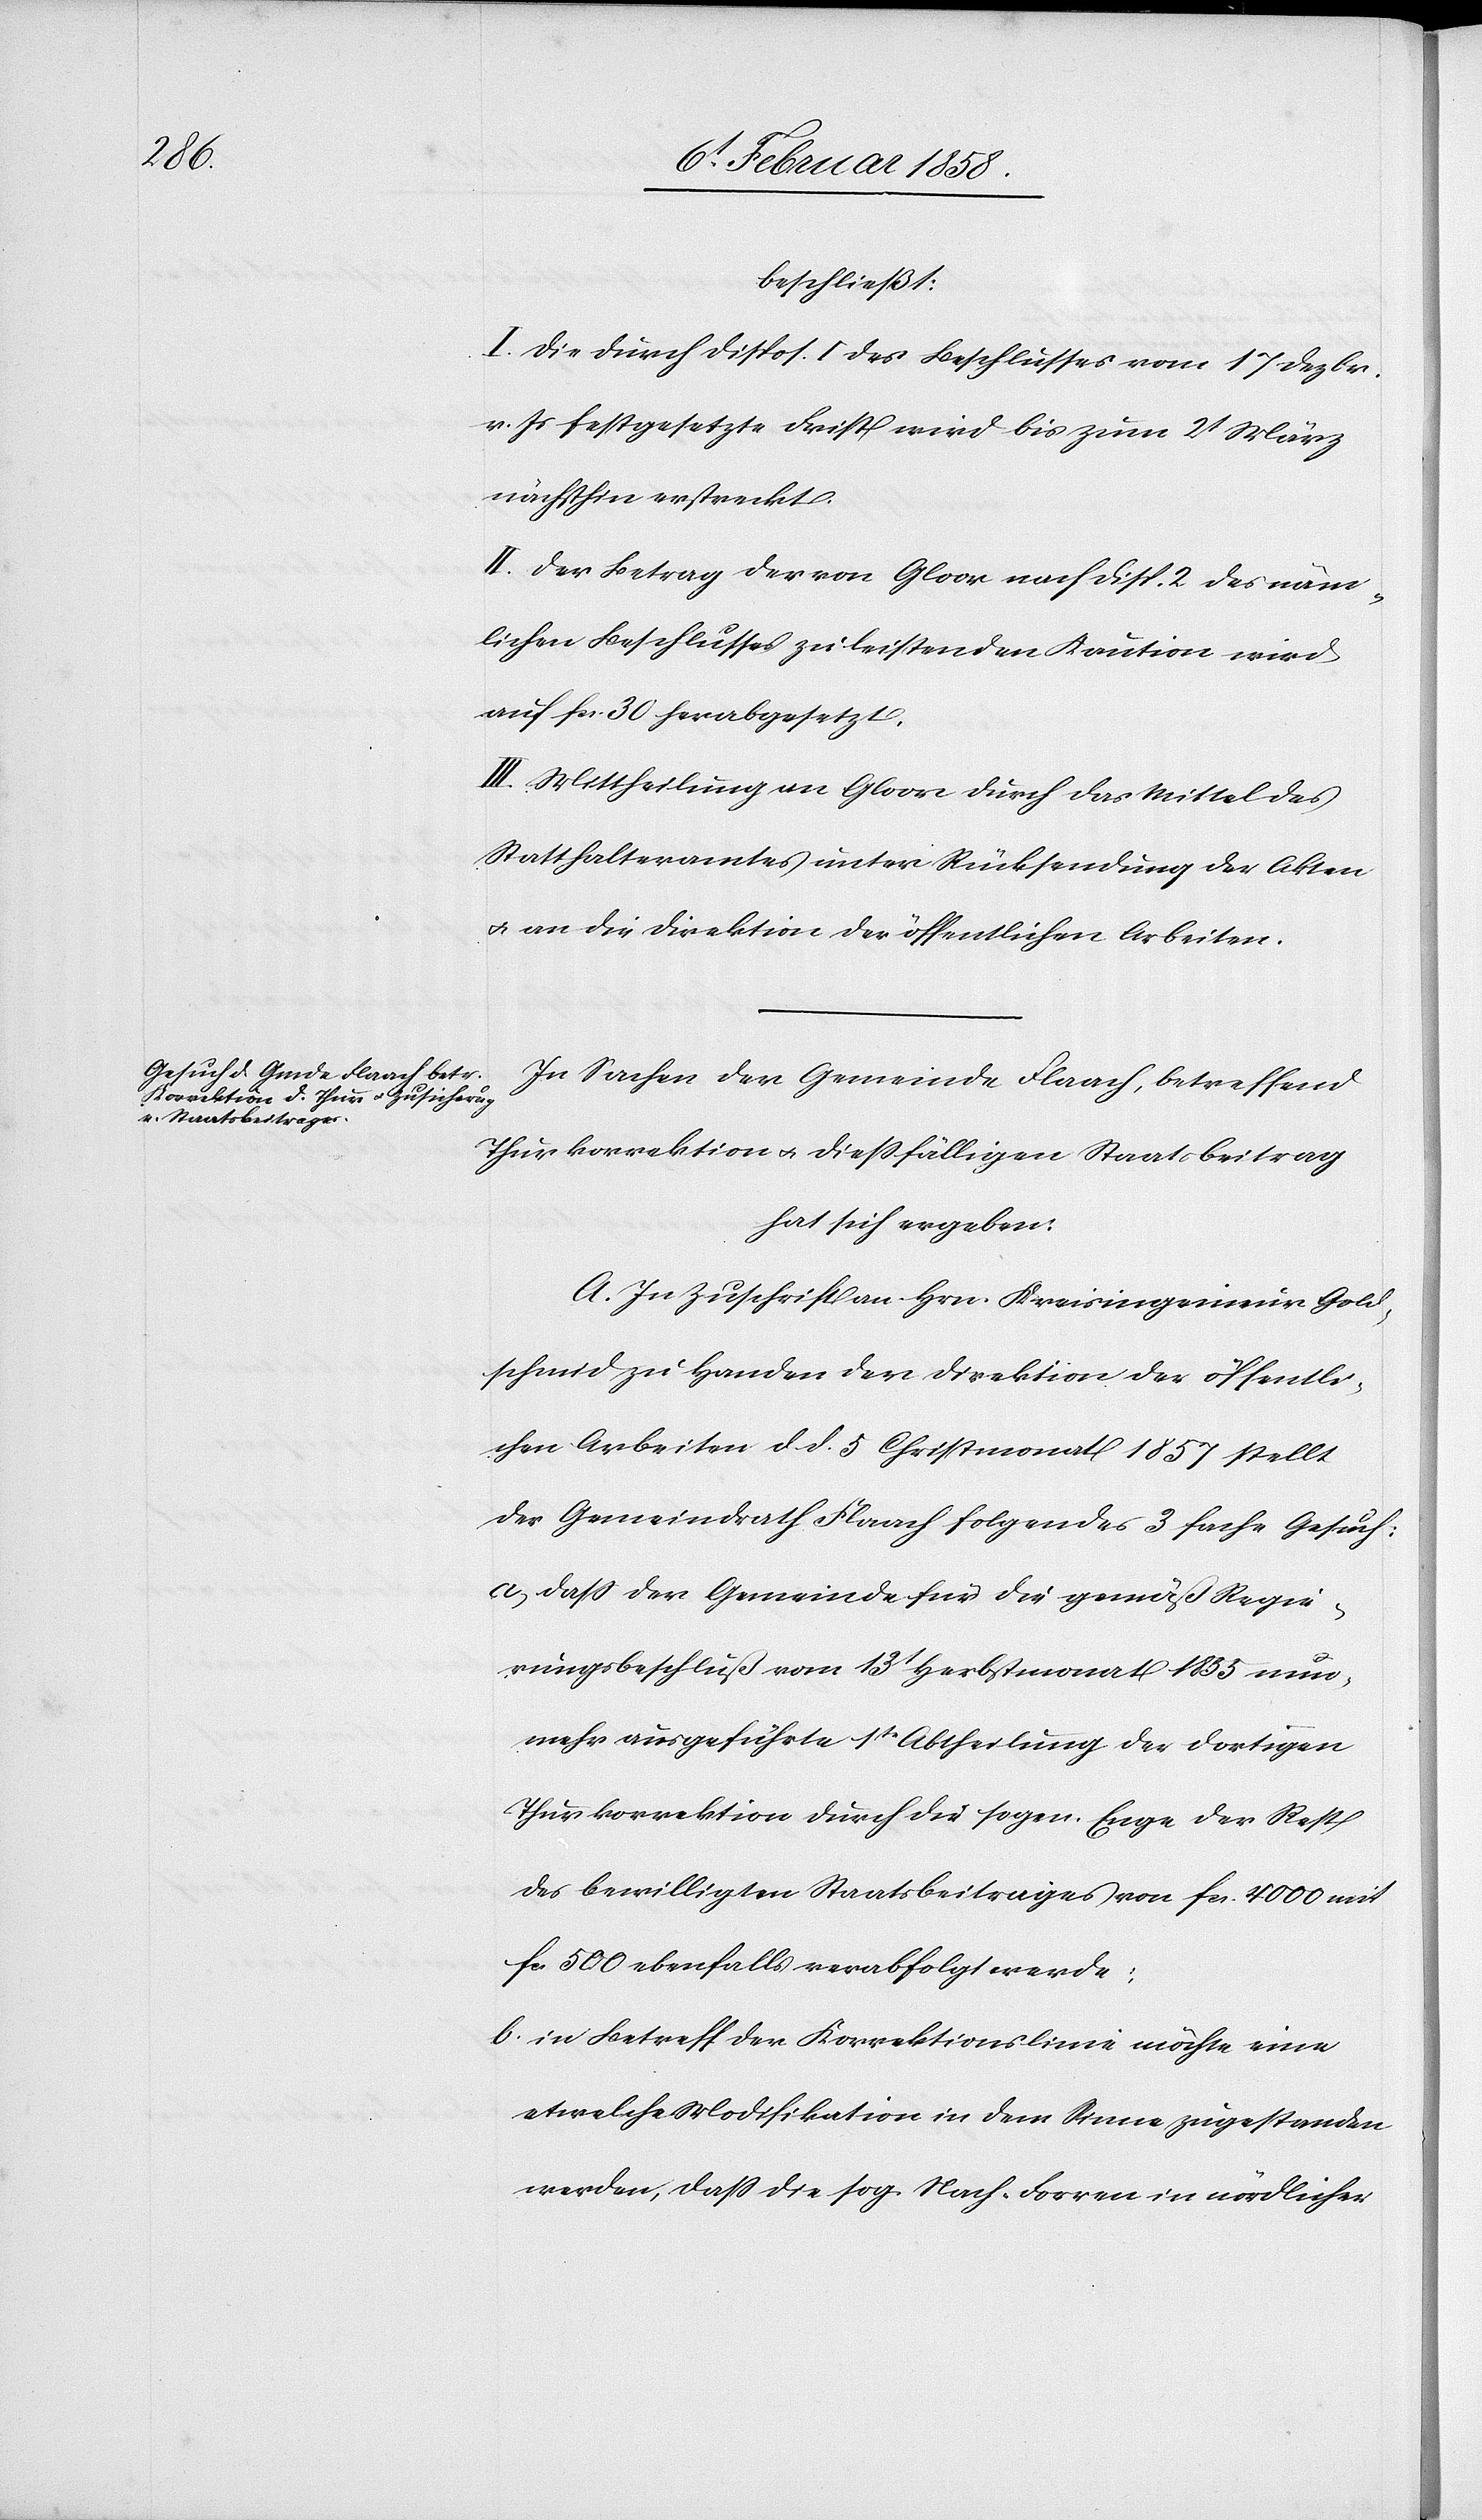
beschließt:
I. Die durch Dispos. I des Beschlusses vom 17 Dezbr.
v. Js festgesetzte Frist wird bis zum 2t März
nächsthin erstreckt.
II. Der Betrag der von Gloor nach Disp. 2 des näm¬
lichen Beschlusses zu leistenden Kaution wird
auf fcs. 30 herabgesetzt.
III. Mittheilung an Gloor durch das Mittel des
Statthalteramtes unter Rücksendung der Akten
u. an die Direktion der öffentlichen Arbeiten.
In Sachen der Gemeinde Flaach, betreffend
Thurkorrektion u. dießfälligen Staatsbeitrag
hat sich ergeben:
A. In Zuschrift an Hrn. Kreisingenieur Gold¬
schmid zu Handen der Direktion der öffentli¬
chen Arbeiten d. d. 5 Christmonat 1857 stellt
der Gemeindrath Flaach folgendes 3 fache Gesuch:
a. daß der Gemeinde für die gemäß Regie¬
rungsbeschluß vom 13t Herbstmonat 1855 nun¬
mehr ausgeführte 1te Abtheilung der dortigen
Thurkorrektion durch die sogen. Enge der Rest
des bewilligten Staatsbeitrages von fcs. 4000 mit
fc. 500 ebenfalls verabfolgt werde;
b. in Betreff der Korrektionslinie möchte eine
etwelche Modifikation in dem Sinne zugestanden
werden, daß die sog. Nach-Forren in nördlicher